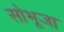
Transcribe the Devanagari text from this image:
सोभूजा